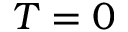
T = 0